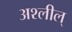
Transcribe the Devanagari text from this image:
अश्लील्